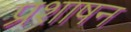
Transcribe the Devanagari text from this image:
प्रशाषन